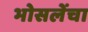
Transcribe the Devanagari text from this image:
भोसलेंचा